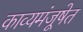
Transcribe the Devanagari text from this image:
काव्यमंजूषेत